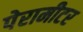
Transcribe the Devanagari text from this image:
पेरामीटर